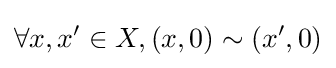
\forall x,x'\in X,(x,0)\sim \left(x',0\right)